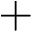
+